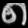
Digit: ၈